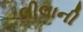
લીલાની